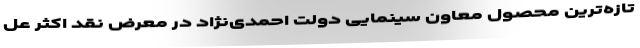
تازه‌ترین محصول معاون سینمایی دولت احمدی‌نژاد در معرض نقد اکثر عل